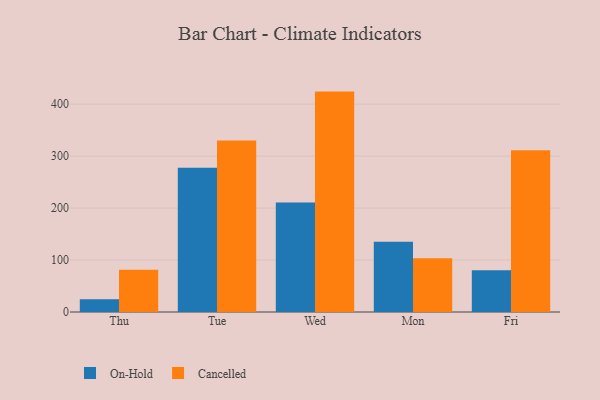
{"axis": {"x": "Day", "y": "Temperature (°C)"}, "legend": ["Cancelled", "On-Hold"], "data": [{"x": "Thu", "y": 24.6, "type": "On-Hold"}, {"x": "Thu", "y": 81.5, "type": "Cancelled"}, {"x": "Tue", "y": 277.7, "type": "On-Hold"}, {"x": "Tue", "y": 330.3, "type": "Cancelled"}, {"x": "Wed", "y": 210.8, "type": "On-Hold"}, {"x": "Wed", "y": 424.2, "type": "Cancelled"}, {"x": "Mon", "y": 135.4, "type": "On-Hold"}, {"x": "Mon", "y": 103.4, "type": "Cancelled"}, {"x": "Fri", "y": 80.4, "type": "On-Hold"}, {"x": "Fri", "y": 311.2, "type": "Cancelled"}]}